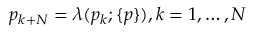
p _ { k + N } = \lambda ( p _ { k } ; \{ p \} ) , k = 1 , \ldots , N